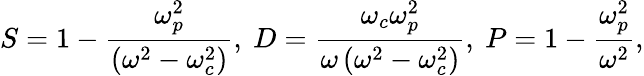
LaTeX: S=1-\frac{\omega_{p}^{2}}{\left(\omega^{2}-\omega_{c}^{2}\right)},\ D=\frac{\omega_{c}\omega_{p}^{2}}{\omega\left(\omega^{2}-\omega_{c}^{2}\right)},\ P=1-\frac{\omega_{p}^{2}}{\omega^{2}},